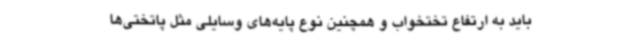
باید به ارتفاع تختخواب و همچنین نوع پایه‌های وسایلی مثل پاتختی‌ها